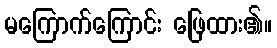
မကြောက်ကြောင်း ဖြေထား၏။